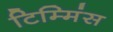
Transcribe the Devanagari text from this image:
टिम्मिंस